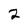
Character: 2